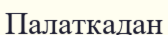
Палаткадан